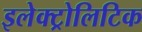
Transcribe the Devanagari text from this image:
इलेक्ट्रोलिटिक